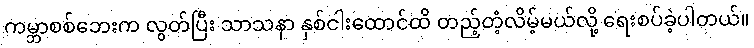
ကမ္ဘာစစ်ဘေးက လွတ်ပြီး သာသနာ နှစ်ငါးထောင်ထိ တည့်တံ့လိမ့်မယ်လို့ ရေးစပ်ခဲ့ပါတယ်။